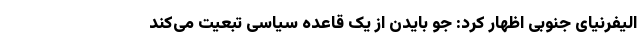
الیفرنیای جنوبی اظهار کرد: جو بایدن از یک قاعده سیاسی تبعیت می‌کند